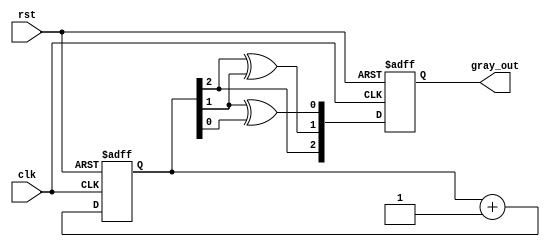
module gray_code_async_counter (
    input wire clk,          // Clock input
    input wire rst,          // Asynchronous reset input
    output reg [2:0] gray_out // 3-bit Gray code output
);

    // Internal signals for the flip-flops
    reg [2:0] binary; // Binary representation of the counter

    // Asynchronous reset
    always @(posedge clk or posedge rst) begin
        if (rst) begin
            binary <= 3'b000; // Reset to 0 in binary
            gray_out <= 3'b000; // Reset to 0 in Gray code
        end else begin
            // Update binary counter
            binary <= binary + 1;
            // Convert binary to Gray code
            gray_out[2] <= binary[2]; // MSB remains same
            gray_out[1] <= binary[2] ^ binary[1]; // XOR for Gray code
            gray_out[0] <= binary[1] ^ binary[0]; // XOR for Gray code
        end
    end

endmodule